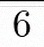
6